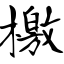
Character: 檄